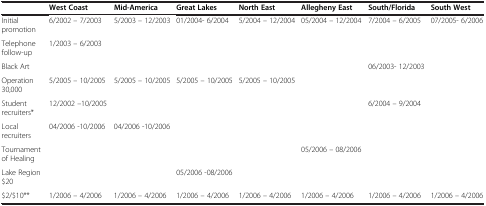
<table><thead><tr><td><b> </b></td><td><b>West Coast</b></td><td><b>Mid-America</b></td><td><b>Great Lakes</b></td><td><b>North East</b></td><td><b>Allegheny East</b></td><td><b>South/Florida</b></td><td><b>South West</b></td></tr></thead><tbody><tr><td>Initial promotion</td><td>6/2002 – 7/2003</td><td>5/2003 – 12/2003</td><td>01/2004- 6/2004</td><td>5/2004 – 12/2004</td><td>05/2004 – 12/2004</td><td>7/2004 – 6/2005</td><td>07/2005- 6/2006</td></tr><tr><td>Telephone follow-up</td><td>1/2003 – 6/2003</td><td> </td><td> </td><td> </td><td> </td><td> </td><td> </td></tr><tr><td>Black Art</td><td> </td><td> </td><td> </td><td> </td><td> </td><td>06/2003- 12/2003</td><td> </td></tr><tr><td>Operation 30,000</td><td>5/2005 – 10/2005</td><td>5/2005 – 10/2005</td><td>5/2005 – 10/2005</td><td>5/2005 – 10/2005</td><td> </td><td> </td><td> </td></tr><tr><td>Student recruiters*</td><td>12/2002 –10/2005</td><td> </td><td> </td><td> </td><td> </td><td>6/2004 – 9/2004</td><td> </td></tr><tr><td>Local recruiters</td><td>04/2006 -10/2006</td><td>04/2006 -10/2006</td><td> </td><td> </td><td> </td><td> </td><td> </td></tr><tr><td>Tournament of Healing</td><td> </td><td> </td><td> </td><td> </td><td>05/2006 – 08/2006</td><td> </td><td> </td></tr><tr><td>Lake Region $20</td><td> </td><td> </td><td>05/2006 -08/2006</td><td> </td><td> </td><td> </td><td> </td></tr><tr><td>$2/$10**</td><td>1/2006 – 4/2006</td><td>1/2006 – 4/2006</td><td>1/2006 – 4/2006</td><td>1/2006 – 4/2006</td><td>1/2006 – 4/2006</td><td>1/2006 – 4/2006</td><td>1/2006 – 4/2006</td></tr></tbody></table>